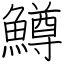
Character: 鱒